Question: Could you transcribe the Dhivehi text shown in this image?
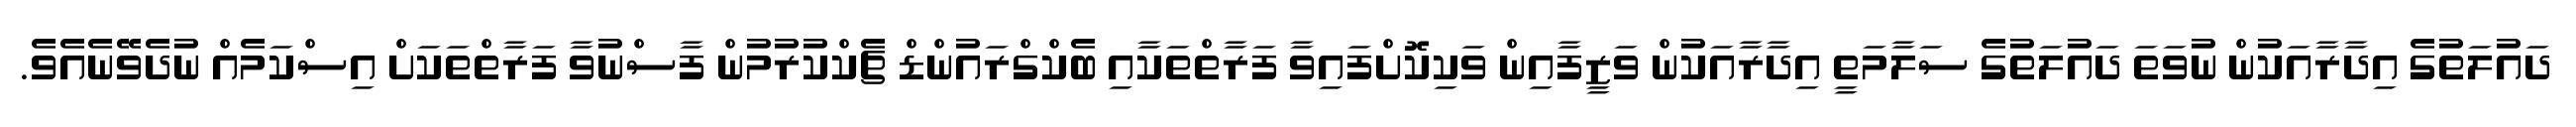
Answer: ދައުލަތުގެ އިދާރާއަކުން ނުވަތަ ދައުލަތުގެ ސަލާމަތީ އިދާރާއަކުން ވަޒީފާއިން ވަކިކޮށްފައިވާ ފަރާތްތަކާއި ބެކްގްރައުންޑް ޗެކްކުރުމުން ފާސްނުވާ ފަރާތްތަކަށް އިސްކަމެއް ނުދެވޭނެއެވެ.